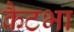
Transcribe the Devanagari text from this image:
कैटभा